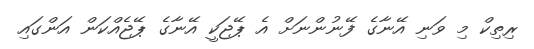
ރިތިކް މި ވަނި އޭނާގެ ފޭނުންނަށް އެ ޕޭޖަކީ އޭނާގެ ޕޭޖެއްްކަން އަންގައި